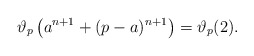
\begin{align*}\vartheta_p\left(a^{n + 1} + (p - a)^{n + 1}\right) = \vartheta_p(2) .\end{align*}